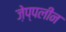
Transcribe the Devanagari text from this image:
ज़ेप्पलीन